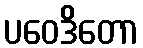
ပဝေဒိတော